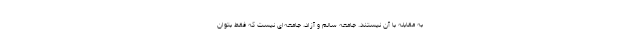
به مقابله با آن نیستند. جامعه سالم و آزاد، جامعه‌ای نیست که فقط بتوان